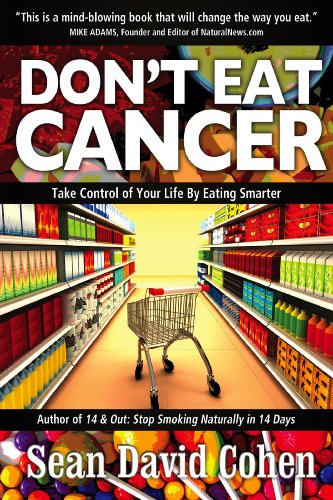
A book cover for Don't Eat Cancer: Modern Day Cancer Prevention; Sean David Cohen; Health, Fitness & Dieting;